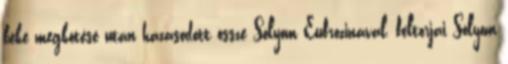
béke megkötése után házasodott össze Sólyom Eufrozinával, feltorjai Sólyom